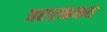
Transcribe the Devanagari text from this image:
बररककत